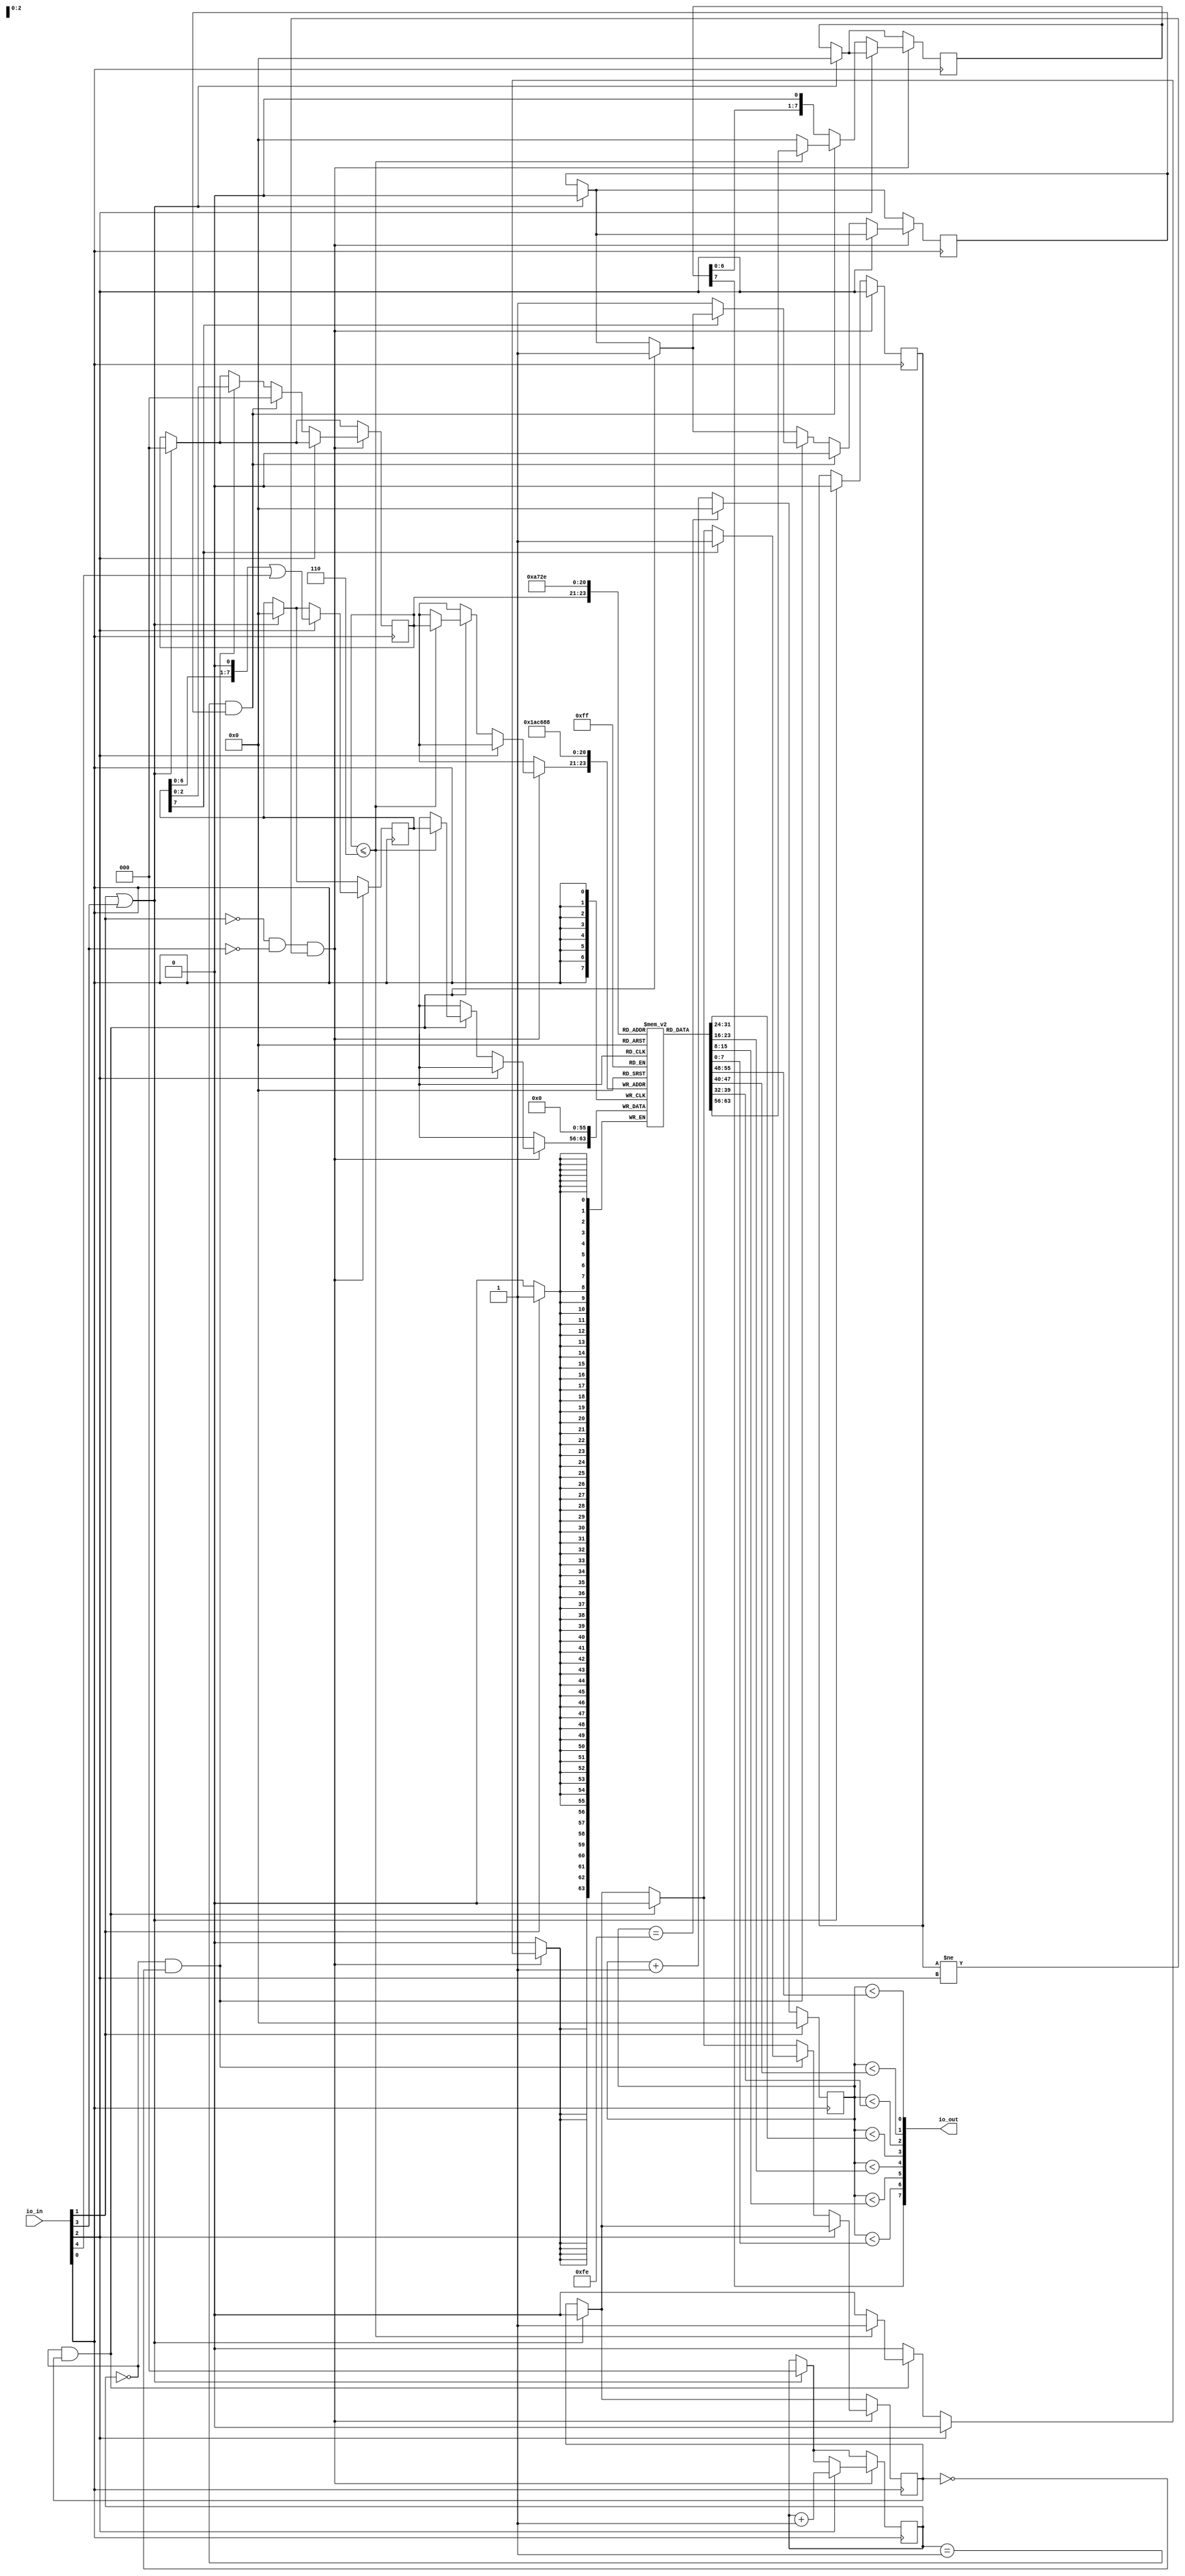
`default_nettype none

module krasin_tt02_verilog_spi_7_channel_pwm_driver (
  input [7:0] io_in,
  output [7:0] io_out
);

  wire clk = io_in[0];
  wire reset = io_in[1];
  wire sclk = io_in[2];
  wire cs = io_in[3];
  wire mosi = io_in[4];

  wire [6:0] pwm_out;
  assign io_out[6:0] = pwm_out;
  wire miso;
  assign io_out[7] = miso;

  // Previous value of sclk.
  // This is to track SPI clock transitions within the main clock trigger.
  reg prev_sclk;
  // SPI counter that tracks 8 bit.
  reg [2:0] spi_counter;
  // is_writing is set if we received a write command.
  reg is_writing;
  reg is_reading;
  reg [2:0] cur_addr;

  // Buffer from mosi.
  reg [7:0] in_buf;
  // Buffer for miso.
  reg [7:0] out_buf;

  // out_buf is advanced on each falling sclk.
  assign miso = out_buf[7];

  // 8-bit PWM counter that goes from 0 to 254.
  reg [7:0] counter;

  // PWM levels for each channel.
  // 0 means always off.
  // 1 means that PWM will be on for just 1 clock cycle and then off for the other 254, giving 1/255 on average.
  // 254 means 254/255 on.
  // 255 means always on.
  reg [7:0] pwm_level[6:0];

  function is_on(input [7:0] level, input[7:0] counter);
     begin
       is_on = (counter < level);
     end
  endfunction // is_on

  assign pwm_out[0] = is_on(pwm_level[0], counter);
  assign pwm_out[1] = is_on(pwm_level[1], counter);
  assign pwm_out[2] = is_on(pwm_level[2], counter);
  assign pwm_out[3] = is_on(pwm_level[3], counter);
  assign pwm_out[4] = is_on(pwm_level[4], counter);
  assign pwm_out[5] = is_on(pwm_level[5], counter);
  assign pwm_out[6] = is_on(pwm_level[6], counter);

  // external clock is 1000Hz.
  // PWM logic.
  always @(posedge clk) begin
    // if reset, set counter and pwm levels to 0
    if (reset) begin
      counter <= 0;
      pwm_level[0] <= 0;
      pwm_level[1] <= 0;
      pwm_level[2] <= 0;
      pwm_level[3] <= 0;
      pwm_level[4] <= 0;
      pwm_level[5] <= 0;
      pwm_level[6] <= 0;
    end else begin // if (reset)
      if (counter == 254) begin
        // Roll over.
        counter <= 0;
      end else begin
        // increment counter
        counter <= counter + 1'b1;
      end
    end // if (reset)

    // SPI reset logic.
    if (reset || cs) begin
      // The chip is not selected or we are being reset. Reset all SPI registers.
      in_buf <= 0;
      out_buf <= 0;
      prev_sclk <= 0;
      spi_counter <= 0;
      is_writing <= 0;
      is_reading <= 0;
      cur_addr <= 0;
    end // if (reset || cs)

    // regular SPI logic.
    if (~reset && ~cs && (prev_sclk != sclk)) begin
      // The chip is selected and the SPI clock changed.
      // On rising edge we read from mosi, on falling edge, we write to miso.
      if (sclk) begin
        // Rising SCLK edge: reading from mosi.
        in_buf <= (in_buf << 1) | mosi;
        spi_counter <= spi_counter + 1'b1;
      end else begin // if (sclk)
        // Falling SCLK edge
        if ((spi_counter == 0) && is_writing) begin
          // Writing. We saved the cur_addr after reading the first byte.
	  if (cur_addr <= 6) begin
            pwm_level[cur_addr] <= in_buf;
	  end
          is_writing <= 0;
          is_reading <= 1;
        end // if ((spi_counter == 0) && is_writing
	if ((spi_counter == 0) && ~is_writing) begin
          if (in_buf[7]) begin
            // We're writing, but the value will come as the next byte.
            is_writing <= 1;
	  end else begin
            is_reading <= 1;
	  end
          cur_addr <= in_buf[2:0];
	end // ((spi_counter == 0) && ~is_writing)
	if ((spi_counter == 1) && is_reading) begin
          if (cur_addr <= 6) begin
            out_buf <= pwm_level[cur_addr];
	  end else begin
            out_buf <= 0;
	  end
          is_reading <= 0;
          cur_addr <= 0;
        end else begin // if ((spi_counter == 1) && is_reading)
          // Advancing out_buf, so that miso sees a new value.
          out_buf <= out_buf << 1;
	end
      end
      prev_sclk <= sclk;
    end // if (~reset && ~cs && (prev_sclk != sclk))
  end // always @ (posedge clk)
endmodule